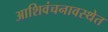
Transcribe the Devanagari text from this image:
आशिवंचनावस्थेत